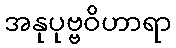
အနုပုဗ္ဗဝိဟာရာ